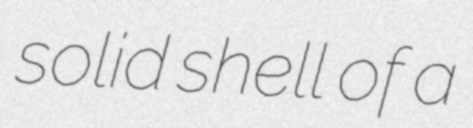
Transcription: solid shell of a